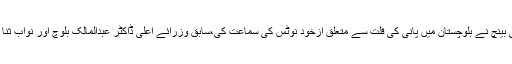
چیف جسٹس کی سربراہی میں 3رکنی بینچ نے بلوچستان میں پانی کی قلت سے متعلق ازخود نوٹس کی سماعت کی،سابق وزرائے اعلیٰ ڈاکٹر عبدالمالک بلوچ اور نواب ثنا اللہ زہری بھی عدالت میں پیش ہوئے۔